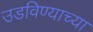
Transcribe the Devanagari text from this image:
उडविण्याच्या